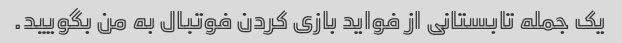
یک جمله تابستانی از فواید بازی کردن فوتبال به من بگویید.